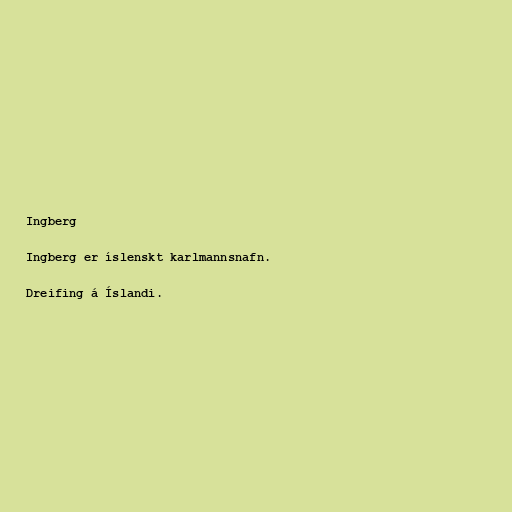
Ingberg

Ingberg er íslenskt karlmannsnafn.

Dreifing á Íslandi.